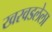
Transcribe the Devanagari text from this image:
खरवडलेला